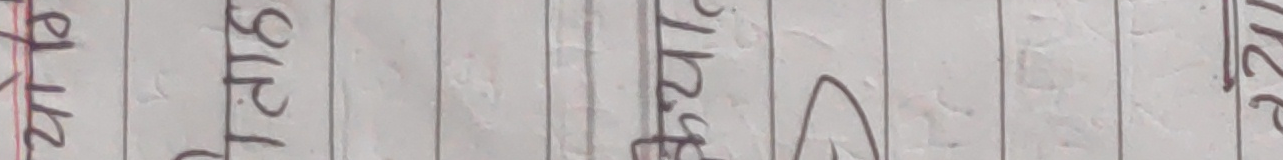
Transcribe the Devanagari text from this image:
घटेर सुधार छुट पनि